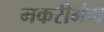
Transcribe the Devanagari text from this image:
मकरीभंग